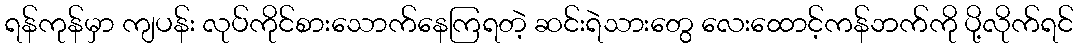
ရန်ကုန်မှာ ကျပန်း လုပ်ကိုင်စားသောက်နေကြရတဲ့ ဆင်းရဲသားတွေ လေးထောင့်ကန်ဘက်ကို ပို့လိုက်ရင်